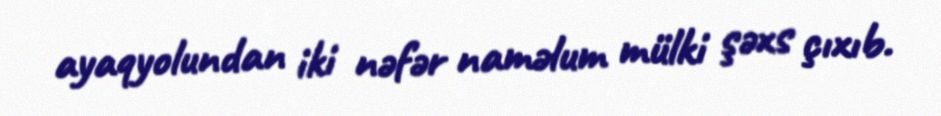
ayaqyolundan iki nəfər naməlum mülki şəxs çıxıb.